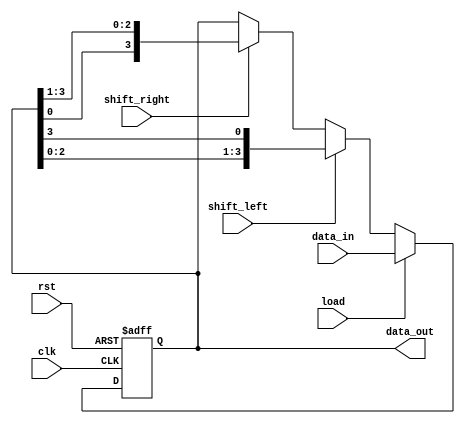
module universal_shift_register (
  input wire clk,
  input wire rst,
  input wire shift_left,
  input wire shift_right,
  input wire load,
  input wire [3:0] data_in,
  output reg [3:0] data_out
);

reg [3:0] reg_data;

always @(posedge clk or posedge rst) begin
  if (rst) begin
    reg_data <= 4'b0;
  end else begin
    if (load) begin
      reg_data <= data_in;
    end else begin
      if (shift_left) begin
        reg_data <= {reg_data[2:0], reg_data[3]};
      end else if (shift_right) begin
        reg_data <= {reg_data[0], reg_data[3:1]};
      end
    end
  end
end

assign data_out = reg_data;

endmodule